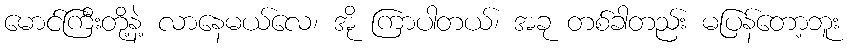
မောင်ကြီးတို့နဲ့ လာနေမယ်လေ၊ အို ကြာပါတယ်၊ အခု တစ်ခါတည်း မပြန်တော့ဘူး